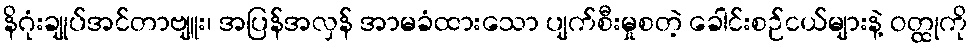
နိဂုံးချုပ်အင်တာဗျူး၊ အပြန်အလှန် အာမခံထားသော ပျက်စီးမှုစတဲ့ ခေါင်းစဉ်ငယ်များနဲ့ ဝတ္ထုကို